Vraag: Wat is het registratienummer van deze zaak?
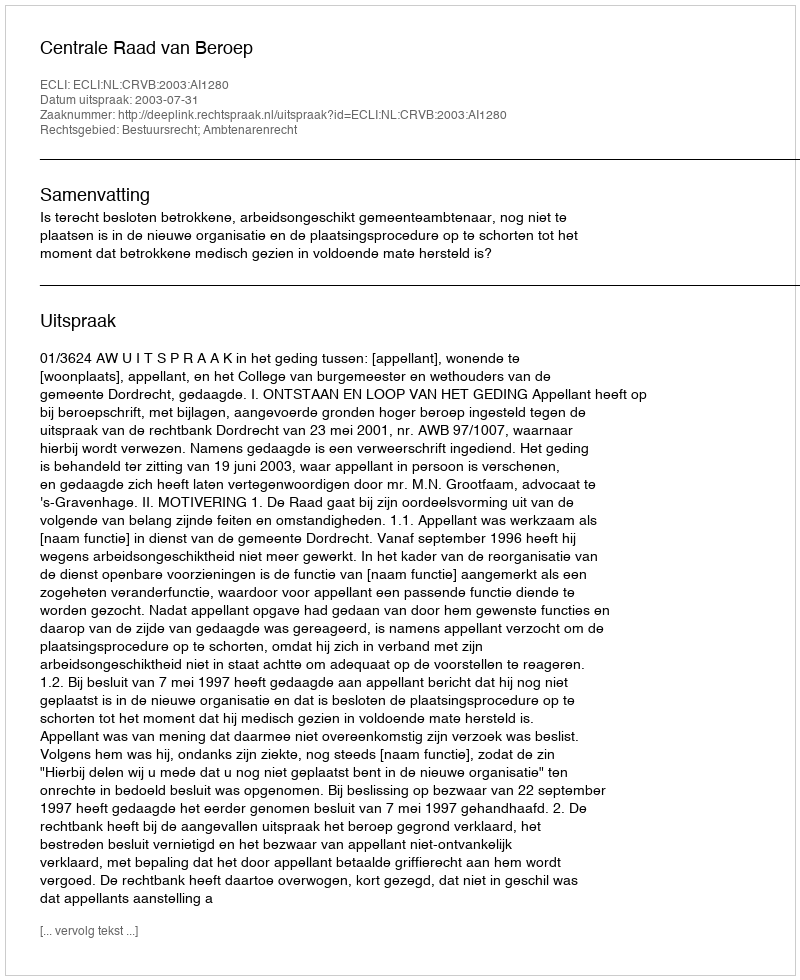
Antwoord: http://deeplink.rechtspraak.nl/uitspraak?id=ECLI:NL:CRVB:2003:AI1280